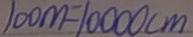
1 0 0 m = 1 0 0 0 0 c m